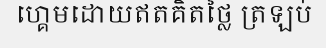
ហ្គេមដោយឥតគិតថ្លៃ ត្រឡប់